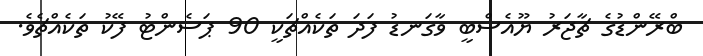
ބްރޭންޑުގެ ޗާޖަރު ޔޫއެސްބީ ވާގަނޑު ފަދަ ތަކެއްޗަކީ 90 ޕަސެންޓު ފޭކު ތަކެއްޗެވެ.